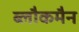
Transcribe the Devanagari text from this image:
ब्लौकमैन